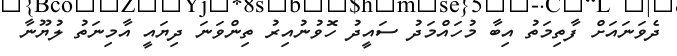
ދެވަނައަށް ފާތިމަތު އިބާ މުހައްމަދު ސައީދު ހޮވުނުއިރު ތިންވަނަ ދިޔައީ އާމިނަތު ލުޔޫނާ